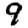
Digit: 9